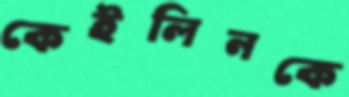
কেইলিনকে